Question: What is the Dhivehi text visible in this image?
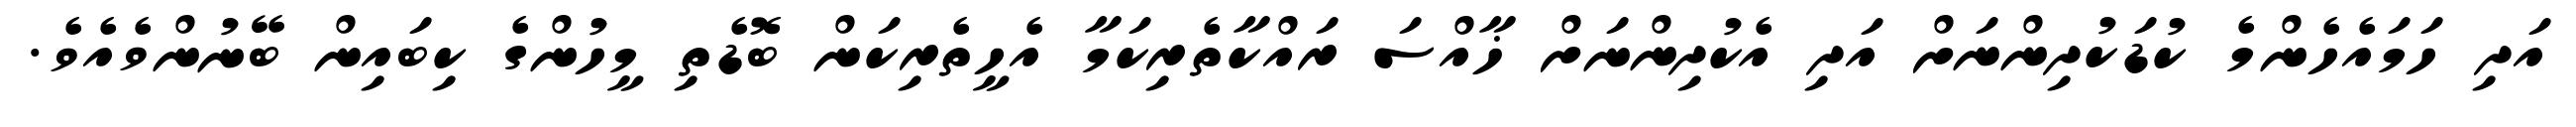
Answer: އަދި ހަމައެހެންމެ ކުޑަކުދިންނަށް އަދި އެކުދިންނަށް ޚާއްސަ ރައްކާތެރިކަމާ އެހީތެރިކަން ބޮޑެތި މީހުންގެ ކިބައިން ބޭނުންވެއެވެ.